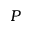
P